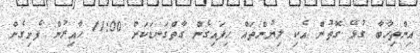
އިންތިހާބާ ގުޅޭ ގޮތުން އެކި ލިޔުންތައް ހިފައިގެން ގާތްގަނޑަކަށް 11:00 ހާއިރުން ފެށިގެން